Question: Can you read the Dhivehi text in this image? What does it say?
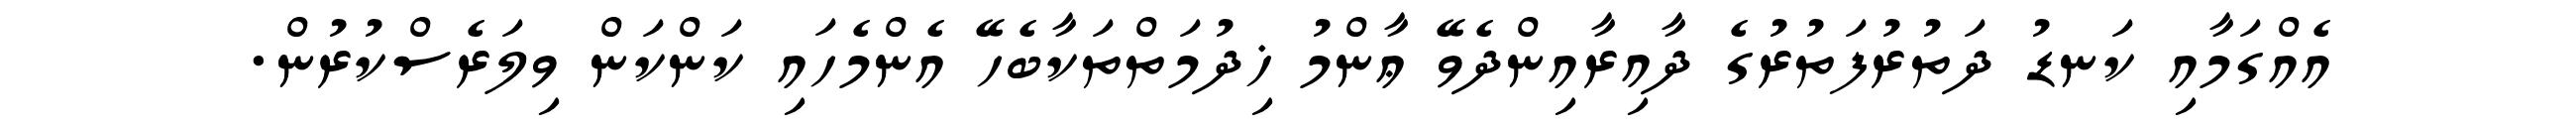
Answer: އެއްގަމާއި ކަނޑު ދަތުރުފަތުރުގެ ދާއިރާއިންދެވޭ ޢާންމު ޚިދުމަތްތަކާބެހޭ އެންމެހައި ކަންކަން ވިލަރެސްކުރުން.